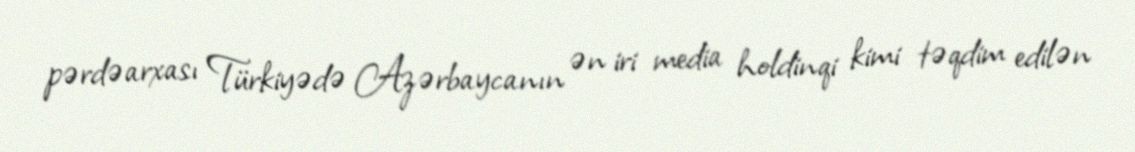
pərdəarxası Türkiyədə Azərbaycanın ən iri media holdinqi kimi təqdim edilən